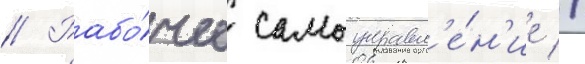
// Рабо́чее самоуправл'е́н'ие //